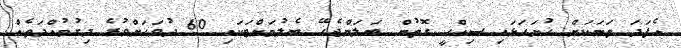
އެފަދަ ތަނަކަށް ހުށަހަޅައި ޞިއްޙީ ގޮތުން ބަލަންޖެހޭ ބެލުމަށްޓަކައި 60 ދުވަހަށްވުރެ ދިގުމުއްދަތެއް